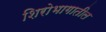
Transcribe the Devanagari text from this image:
शिरोभागातील